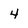
Character: 4